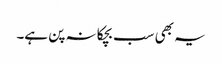
یہ بھی سب بچکانہ پن ہے۔